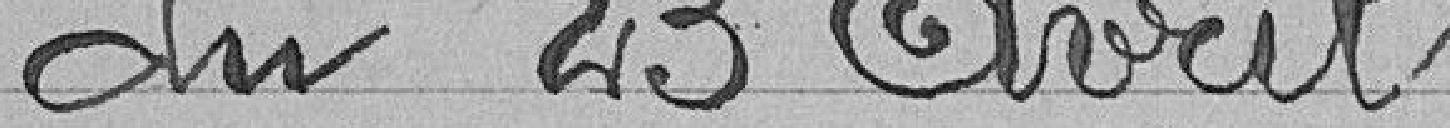
du 23 avril